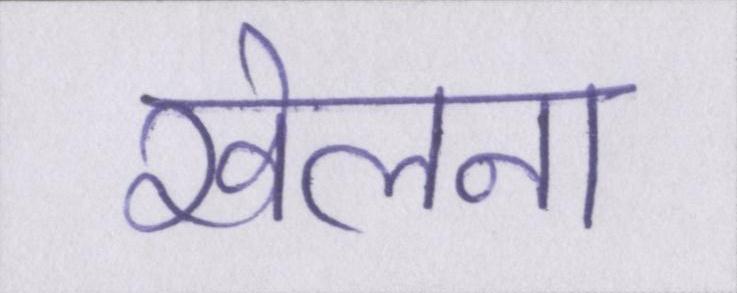
खेलना